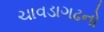
ચાવડાગઢનો